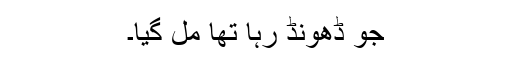
جو ڈھونڈ رہا تھا مل گیا۔